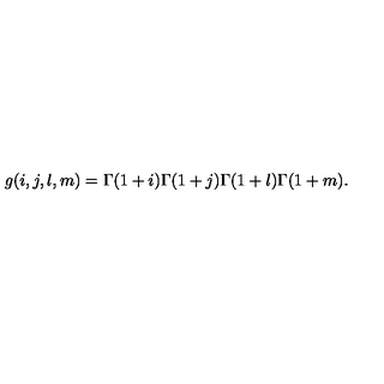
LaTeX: g ( i , j , l , m ) = \Gamma ( 1 + i ) \Gamma ( 1 + j ) \Gamma ( 1 + l ) \Gamma ( 1 + m ) .